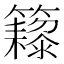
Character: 𬖁